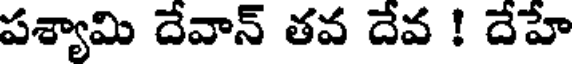
పశ్యామి దేవాన్ తవ దేవ ! దేహే